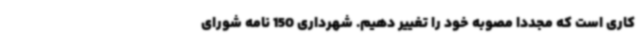
کاری است که مجددا مصوبه خود را تغییر دهیم. شهرداری 150 نامه شورای